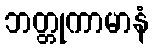
ဘတ္တုကာမာနံ